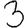
Digit: 3